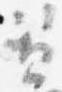
資